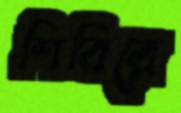
শিবিরে